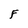
Character: F